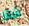
شانا